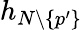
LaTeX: h_{N\setminus\{ p^{\prime}\} }